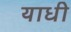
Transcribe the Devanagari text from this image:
याधी